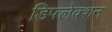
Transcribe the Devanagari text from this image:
डिफ्लेक्शन